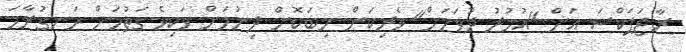
ރާޖަޕަކްސަ އަށް "އުމުރު ދުވަހަށް" ވެރިކަން ހިބަކޮށް ދިނުމަށް ވަކިވެ ގަތުމަށް ހަނގުރާމަ